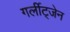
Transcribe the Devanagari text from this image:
गर्लीट्जेन